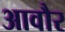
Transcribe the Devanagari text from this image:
आवौर